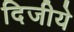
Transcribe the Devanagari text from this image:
दिजीये